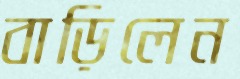
বাড়িলেন